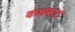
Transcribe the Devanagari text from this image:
कक्षबाट